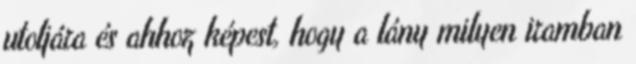
utoljára és ahhoz képest, hogy a lány milyen iramban